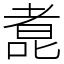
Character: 㗯